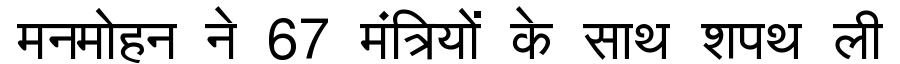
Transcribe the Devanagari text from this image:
मनमोहन ने 67 मंत्रियों के साथ शपथ ली